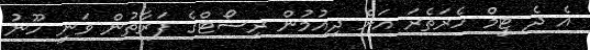
އެ ދެ ޓީމް ހެރަތެރަ އަށް ދިއުމުން ރިސޯޓްގެ ފަރާތުން ވަނީ ހޫނު